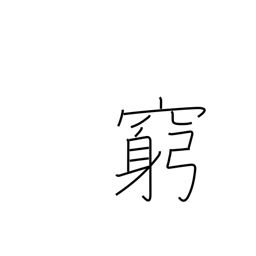
Meaning: hard up